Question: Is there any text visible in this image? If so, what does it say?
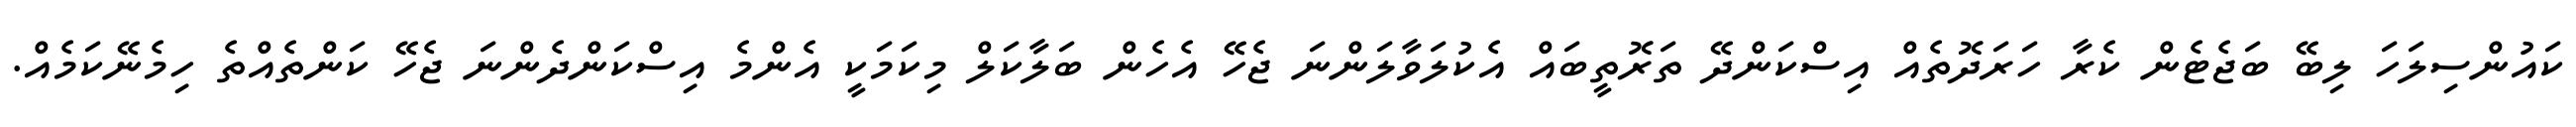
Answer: ކައުންސިލަހަ ލިބޭ ބަޖެޓެން ކެރާ ހަރަދޮތެއް އިސްކަންދޭ ތަރޮތީބައް އެކުލަވާލަންނަ ޖެހޭ އެހެން ބަލާކަލް މިކަމަކީ އެންމެ އިސްކަންދެންނަ ޖެހޭ ކަންތެއްތެ ހިމެނޭކަމެއް.